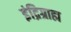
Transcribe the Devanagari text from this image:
इंद्रिग्राह्म